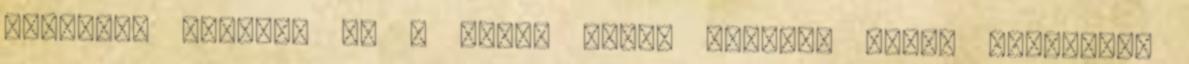
oszlopot döntött ki a vihar hétfő délután Tolna megyében,